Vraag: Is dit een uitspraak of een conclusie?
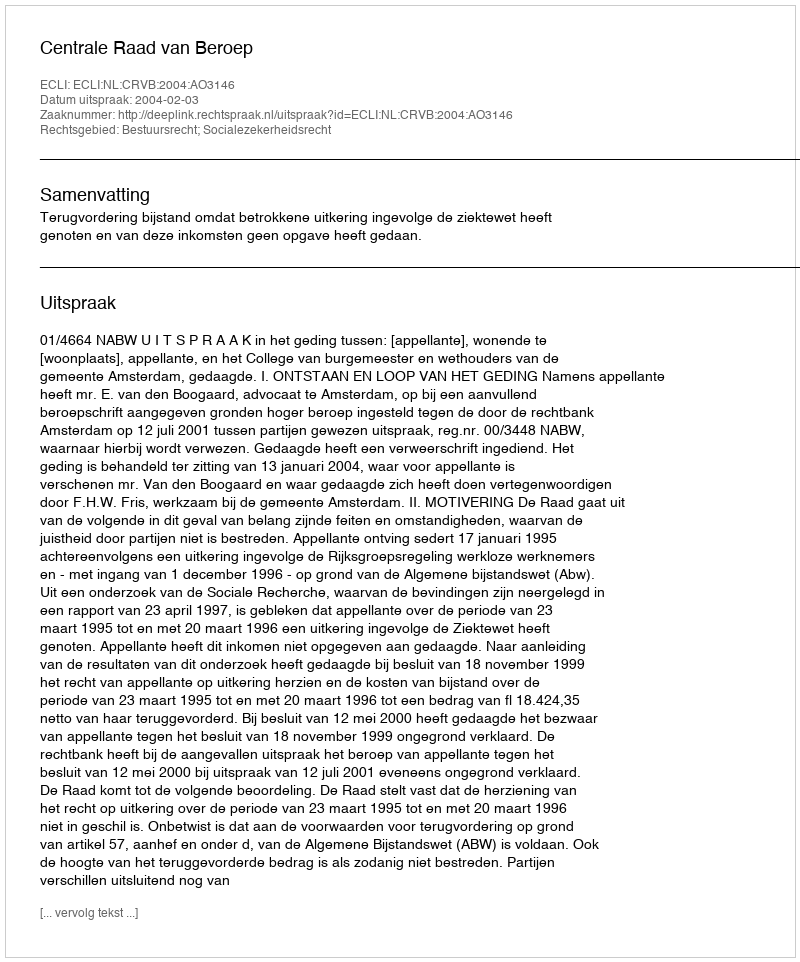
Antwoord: Uitspraak